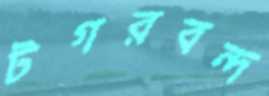
টগরবন্দ